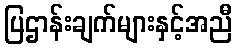
ပြဌာန်းချက်များနှင့်အညီ